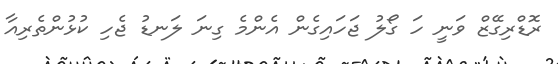
ރޮޑްރިގޭޒް ވަނީ ހަ ގޯލު ޖަހައިގެން އެންމެ ގިނަ ލަނޑު ޖެހި ކުޅުންތެރިއާ